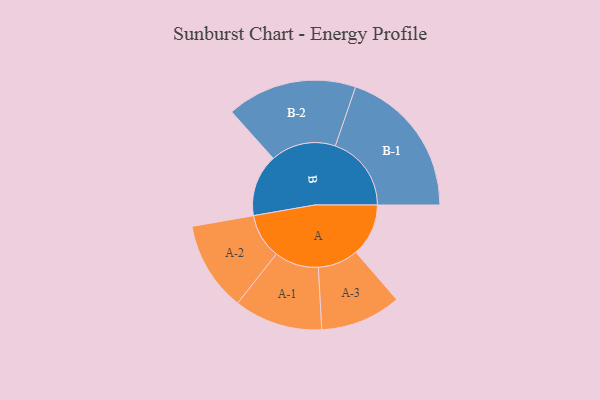
{"axis": {"x": "Segment", "y": "Value"}, "legend": ["", "A", "B"], "data": [{"x": "A", "y": 177, "type": ""}, {"x": "B", "y": 209, "type": ""}, {"x": "A-1", "y": 149, "type": "A"}, {"x": "A-2", "y": 151, "type": "A"}, {"x": "A-3", "y": 136, "type": "A"}, {"x": "B-1", "y": 256, "type": "B"}, {"x": "B-2", "y": 219, "type": "B"}]}